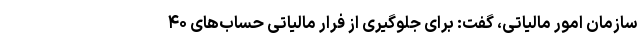
سازمان امور مالیاتی، گفت: برای جلوگیری از فرار مالیاتی حساب‌های ۴۰